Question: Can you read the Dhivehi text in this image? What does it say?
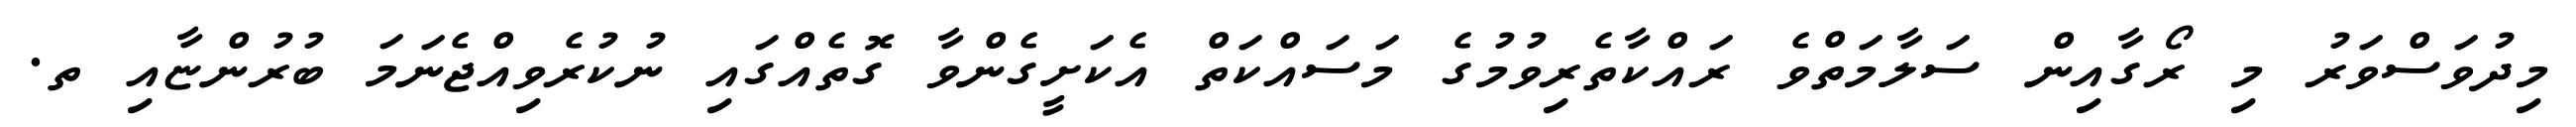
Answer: މިދުވަސްވަރު މި ރޯގާއިން ސަލާމަތްވެ ރައްކާތެރިވުމުގެ މަސައްކަތް އެކަށީގެންވާ ގޮތެއްގައި ނުކުރެވިއްޖެނަމަ ބުރުންޏާއި ތ.